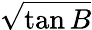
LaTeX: \sqrt{\tan B}